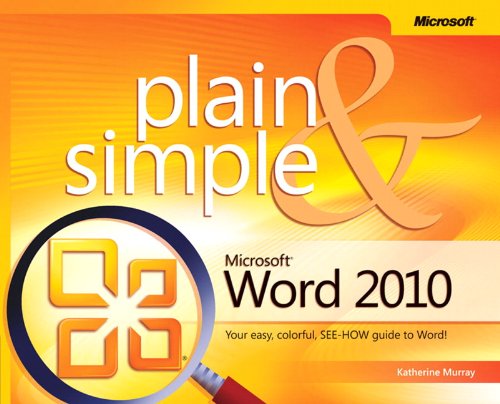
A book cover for MicrosoftÂ® Word 2010 Plain & Simple: Learn the simplest ways to get things done with MicrosoftÂ® Word 2010!; Katherine Murray; Computers & Technology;